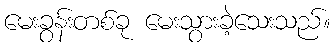
မေးခွန်းတစ်ခု မေးသွားခဲ့သေးသည်။